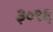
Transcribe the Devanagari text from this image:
३०९६